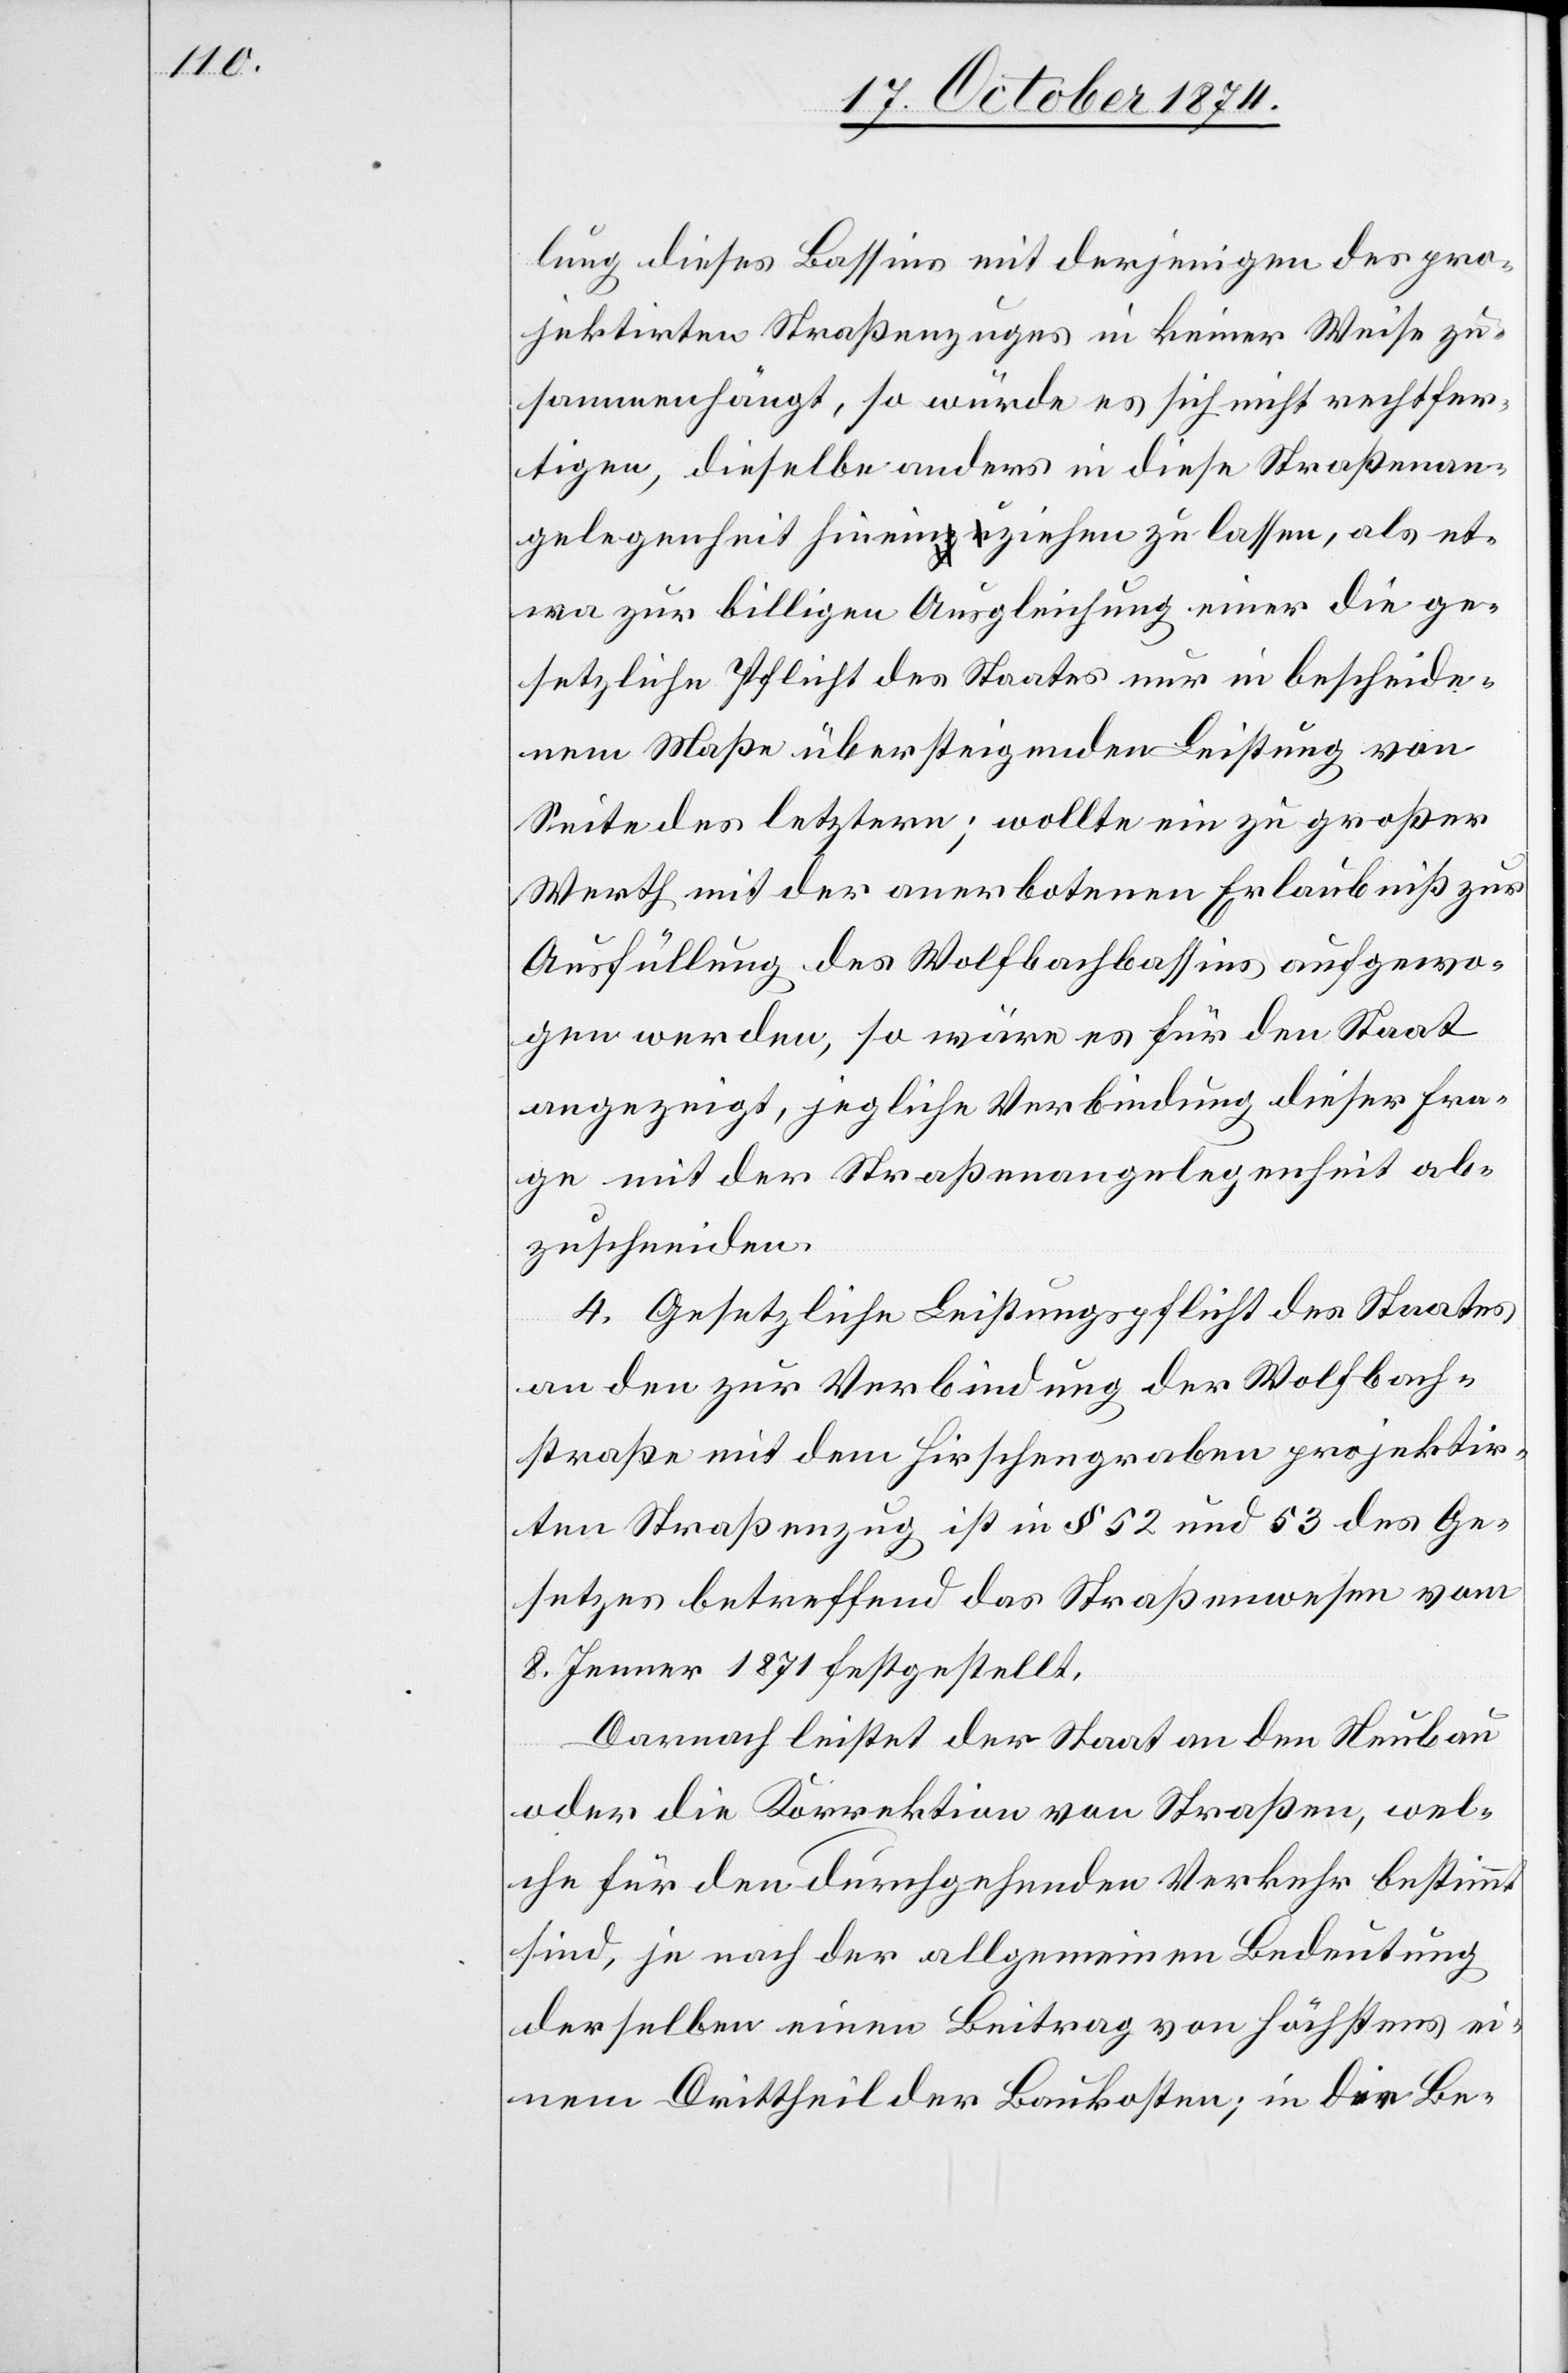
lung dieses Bassins mit derjenigen des pro¬
jektirten Straßenzuges in keiner Weise zu¬
sammenhängt, so würde es sich nicht rechtfer¬
tigen, dieselbe anders in diese Straßenan¬
gelegenheit hineinziehen zu lassen, als et¬
wa zur billigen Ausgleichung einer die ge¬
setzliche Pflicht des Staates nur in bescheide¬
nem Maße übersteigenden Leistung von
Seite des letztern; wollte ein zu großer
Werth mit der anerbotenen Erlaubniß zur
Ausfüllung des Wolfbachbassins aufgewo¬
gen werden, so wäre es für den Staat
angezeigt, jegliche Verbindung dieser Fra¬
ge mit der Straßenangelegenheit ab¬
zuschneiden.
4. Gesetzliche Leistungspflicht des Staates
an den zur Verbindung der Wolfbach¬
straße mit dem Hirschengraben projektir¬
ten Straßenzug ist in § 52 und 53 des Ge¬
setzes betreffend das Straßenwesen vom
8. Jenner 1871 festgestellt.
Darnach leistet der Staat an den Neubau
oder die Korrektion von Straßen, wel¬
che für den durchgehenden Verkehr bestimmt
sind, je nach der allgemeinen Bedeutung
derselben einen Beitrag von höchstens ei¬
nem Drittheil der Baukosten; in die Be-